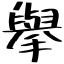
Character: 擧